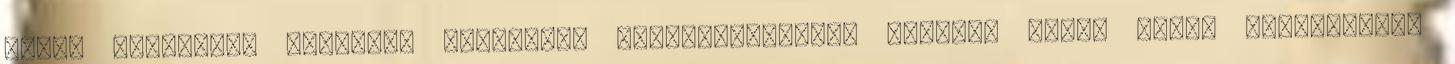
ehhez megfelelő menetet. Háromféle váltóautomatika módozat közül lehet választani.